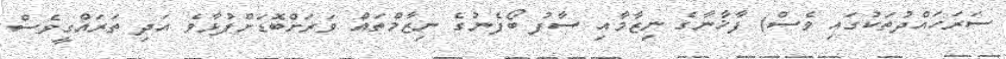
ސަރަހައްދުތަކުގައި ވެސް) ފާޚާނާގެ ނިޒާމާއި ސާފު ބޯފެނުގެ ނިޒާމްތައް ވަރަށްބޮޑަށްފުޅާވެ އަދި ތަރައްގީވެސް